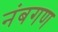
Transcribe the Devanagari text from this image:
नंबगण